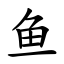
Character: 鱼